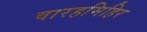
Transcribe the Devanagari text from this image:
वारहमिहिर